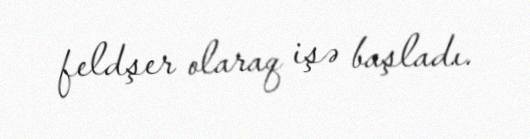
feldşer olaraq işə başladı.